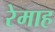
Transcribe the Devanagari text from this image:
रेमाह